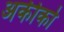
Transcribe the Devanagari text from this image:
अकीको